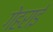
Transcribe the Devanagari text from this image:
गेहराई